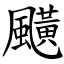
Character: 䬝